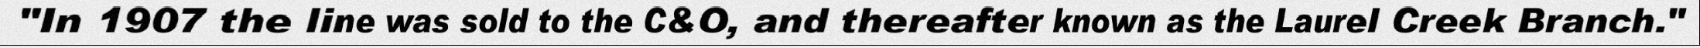
"In 1907 the line was sold to the C&O, and thereafter known as the Laurel Creek Branch."